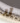
لا